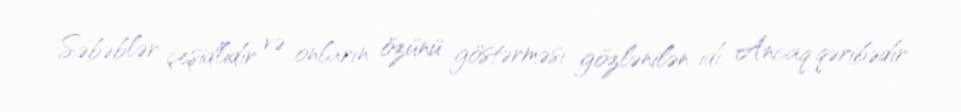
Səbəblər çeşidlidir və onların özünü göstərməsi gözlənilən idi. Ancaq qəribədir